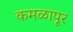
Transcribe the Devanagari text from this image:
कमळापूर